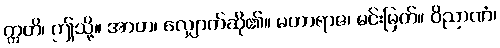
ဣတိ၊ ဤသို့။ အာဟ၊ လျှောက်ဆို၏။ မဟာရာဇ၊ မင်းမြတ်။ ဝိညာဏံ၊